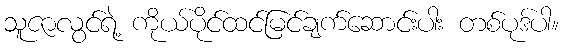
သူဇာလွင်ရဲ့ ကိုယ်ပိုင်ထင်မြင်ချက်ဆောင်းပါး တစ်ပုဒ်ပါ။